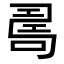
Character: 𠷎